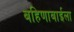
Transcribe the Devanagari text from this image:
बहिणाबाईला